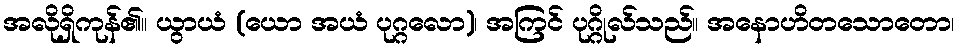
အလိုရှိကုန်၏။ ယွာယံ (ယော အယံ ပုဂ္ဂလော)၊ အကြင် ပုဂ္ဂိုလ်သည်။ အနောဟိတသောတော၊